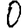
Digit: 0